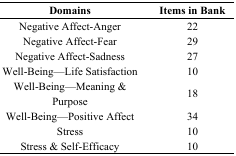
<table><thead><tr><td><b>Domains</b></td><td><b>Items in Bank</b></td></tr></thead><tbody><tr><td>Negative Affect-Anger</td><td>22</td></tr><tr><td>Negative Affect-Fear</td><td>29</td></tr><tr><td>Negative Affect-Sadness</td><td>27</td></tr><tr><td>Well-Being—Life Satisfaction</td><td>10</td></tr><tr><td>Well-Being—Meaning &amp; Purpose</td><td>18</td></tr><tr><td>Well-Being—Positive Affect</td><td>34</td></tr><tr><td>Stress</td><td>10</td></tr><tr><td>Stress &amp; Self-Efficacy</td><td>10</td></tr></tbody></table>